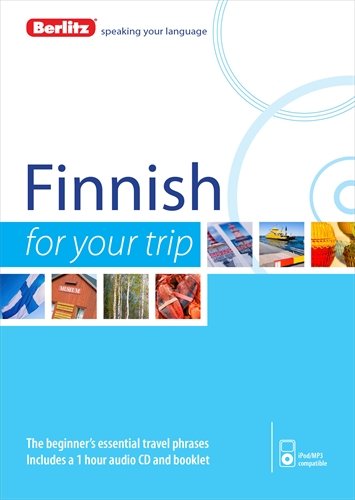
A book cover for Berlitz Finnish For Your Trip; Berlitz; Travel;